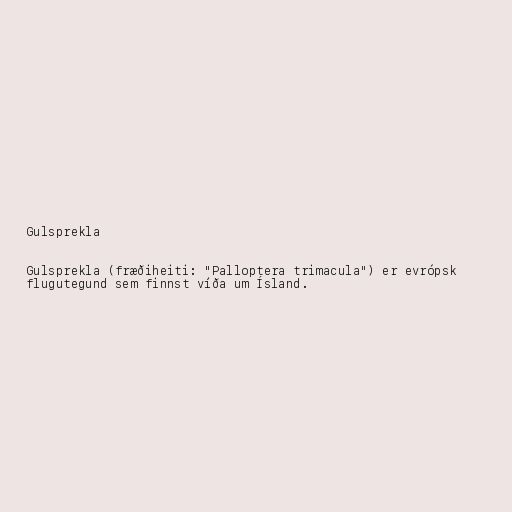
Gulsprekla

Gulsprekla (fræðiheiti: "Palloptera trimacula") er evrópsk
flugutegund sem finnst víða um Ísland.